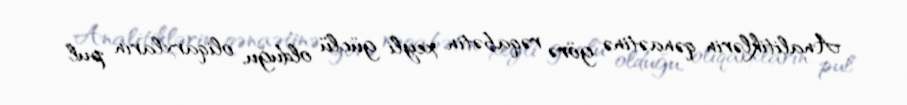
Analitiklərin qənaətinə görə rəqabətin xeyli güclü olduğu, oliqarxların pul